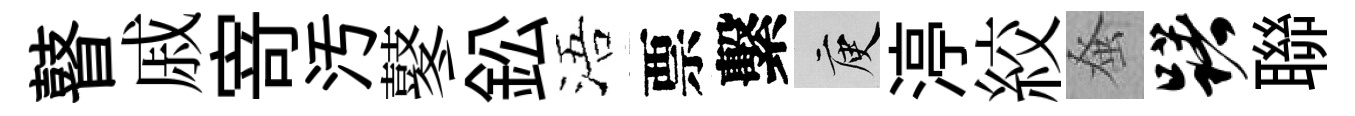
瞽戚𭔃汚鼕鈆浯票繫庾渟絞𫊫躇聯